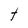
Character: t